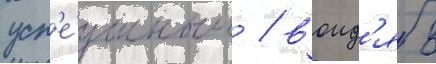
усп'е́шным / воид'я в